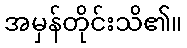
အမှန်တိုင်းသိ၏။